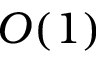
O ( 1 )